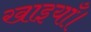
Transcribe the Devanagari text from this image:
खाइयाँ।